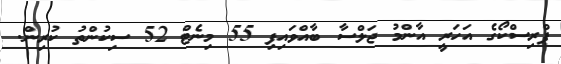
ޕްރިސްކޯގެ އަހަރީ އާންމު ޖަލްސާ ބާއްވައިފި 55 މިނެޓް 52 ސިކުންތު ކުރިން.